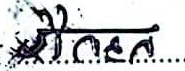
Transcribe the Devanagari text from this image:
मैदान